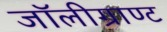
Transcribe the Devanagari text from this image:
जॉलीग्राण्ट